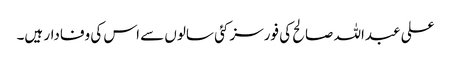
علی عبداللہ صالح کی فورسز کئی سالوں سے اس کی وفادار ہیں۔